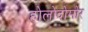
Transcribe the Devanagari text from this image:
होलोदोमोर